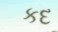
કદ